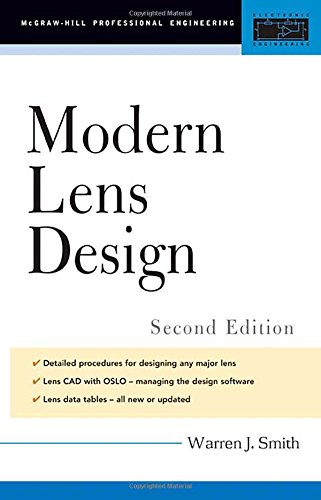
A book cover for Modern Lens Design (McGraw-Hill Professional Engineering); Warren Smith; Medical Books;